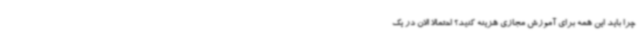
چرا باید این همه برای آموزش مجازی هزینه کنید؟ احتمالاً الان در یک